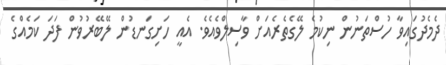
ދެމެދުގައިވާ ހުސްތަނުން ނިކުމެ ލޭގެތެރެއަށް ވާސިލްވެއެވެ. އެއީ ހަށިގަނޑުން ލޭބޭރުވުން ފަދަ ކަމެއްގެ